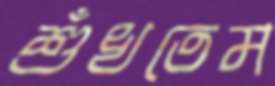
শুঁখতেম